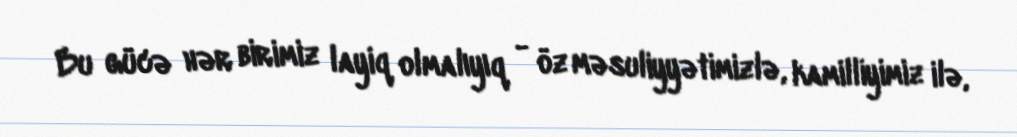
Bu gücə hər birimiz layiq olmalıyıq - öz məsuliyyətimizlə, kamilliyimiz ilə,